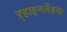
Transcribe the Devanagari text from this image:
ऱ्हाइनलँडचा